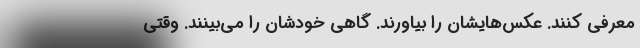
معرفی کنند. عکس‌هایشان را بیاورند. گاهی خودشان را می‌بینند. وقتی